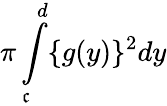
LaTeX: \pi\int\limits_{\mathfrak{c}}^{d}\{ g(y)\} ^{2}dy